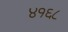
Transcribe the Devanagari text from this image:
४१६८